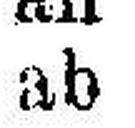
ab